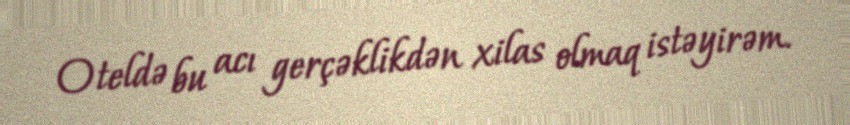
Oteldə bu acı gerçəklikdən xilas olmaq istəyirəm.